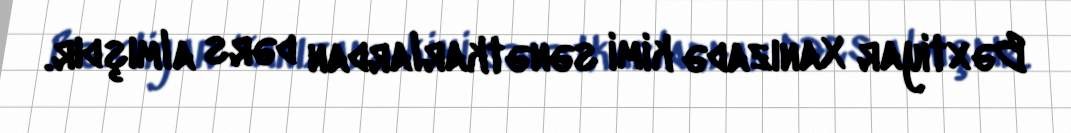
Bəxtiyar Xanızadə kimi sənətkarlardan dərs almışdır.